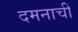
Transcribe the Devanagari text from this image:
दमनाची